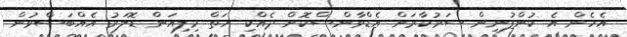
އެހެން އެ ކުންފުނިން ސަރުކާރަށް އެޑްވާންސްކޮށް ދެއްކި ހަތް މިލިއަން ޑޮލަރު އެއްބަސްވުން